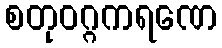
စတုဝဂ္ဂကရဏေ